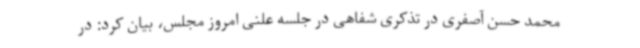
محمد حسن آصفری در تذکری شفاهی در جلسه علنی امروز مجلس، بیان کرد: در